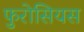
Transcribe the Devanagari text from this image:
फुरोसियस